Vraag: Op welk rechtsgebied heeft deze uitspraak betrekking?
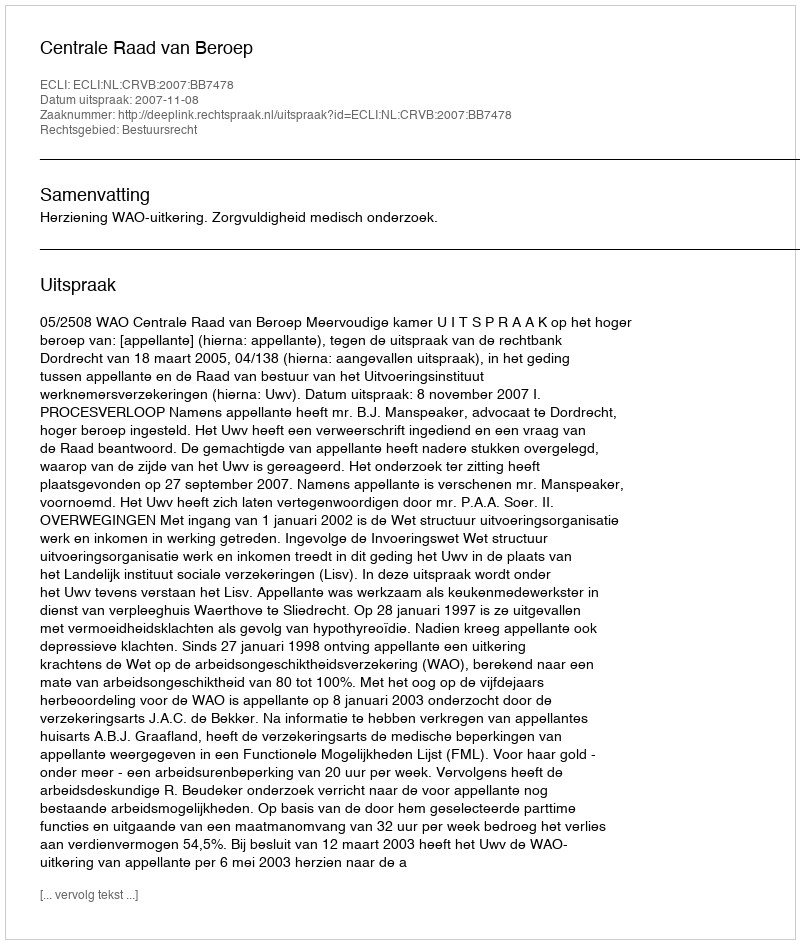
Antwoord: Bestuursrecht